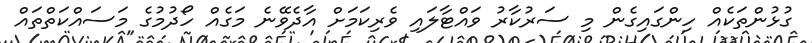
ގުޅުންތަކެއް ހިންގައިގެން މި ސަރުކާރު ވައްޓާލައި ވެރިކަމަށް އާދެވޭނެ މަގެއް ހޯދުމުގެ މަސައްކަތްތައް